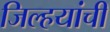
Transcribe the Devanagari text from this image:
जिल्हयांची